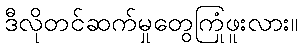
ဒီလိုတင်ဆက်မှုတွေကြုံဖူးလား။